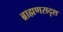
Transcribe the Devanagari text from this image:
ब्राह्मणसदृश